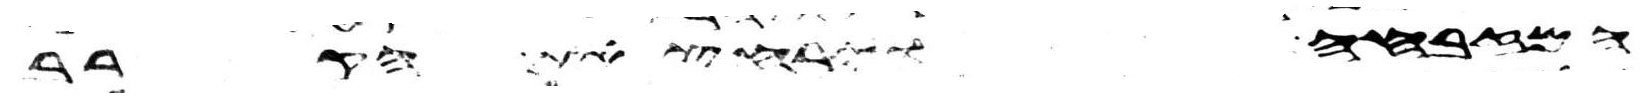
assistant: המזבחה וירחץ את הקרב